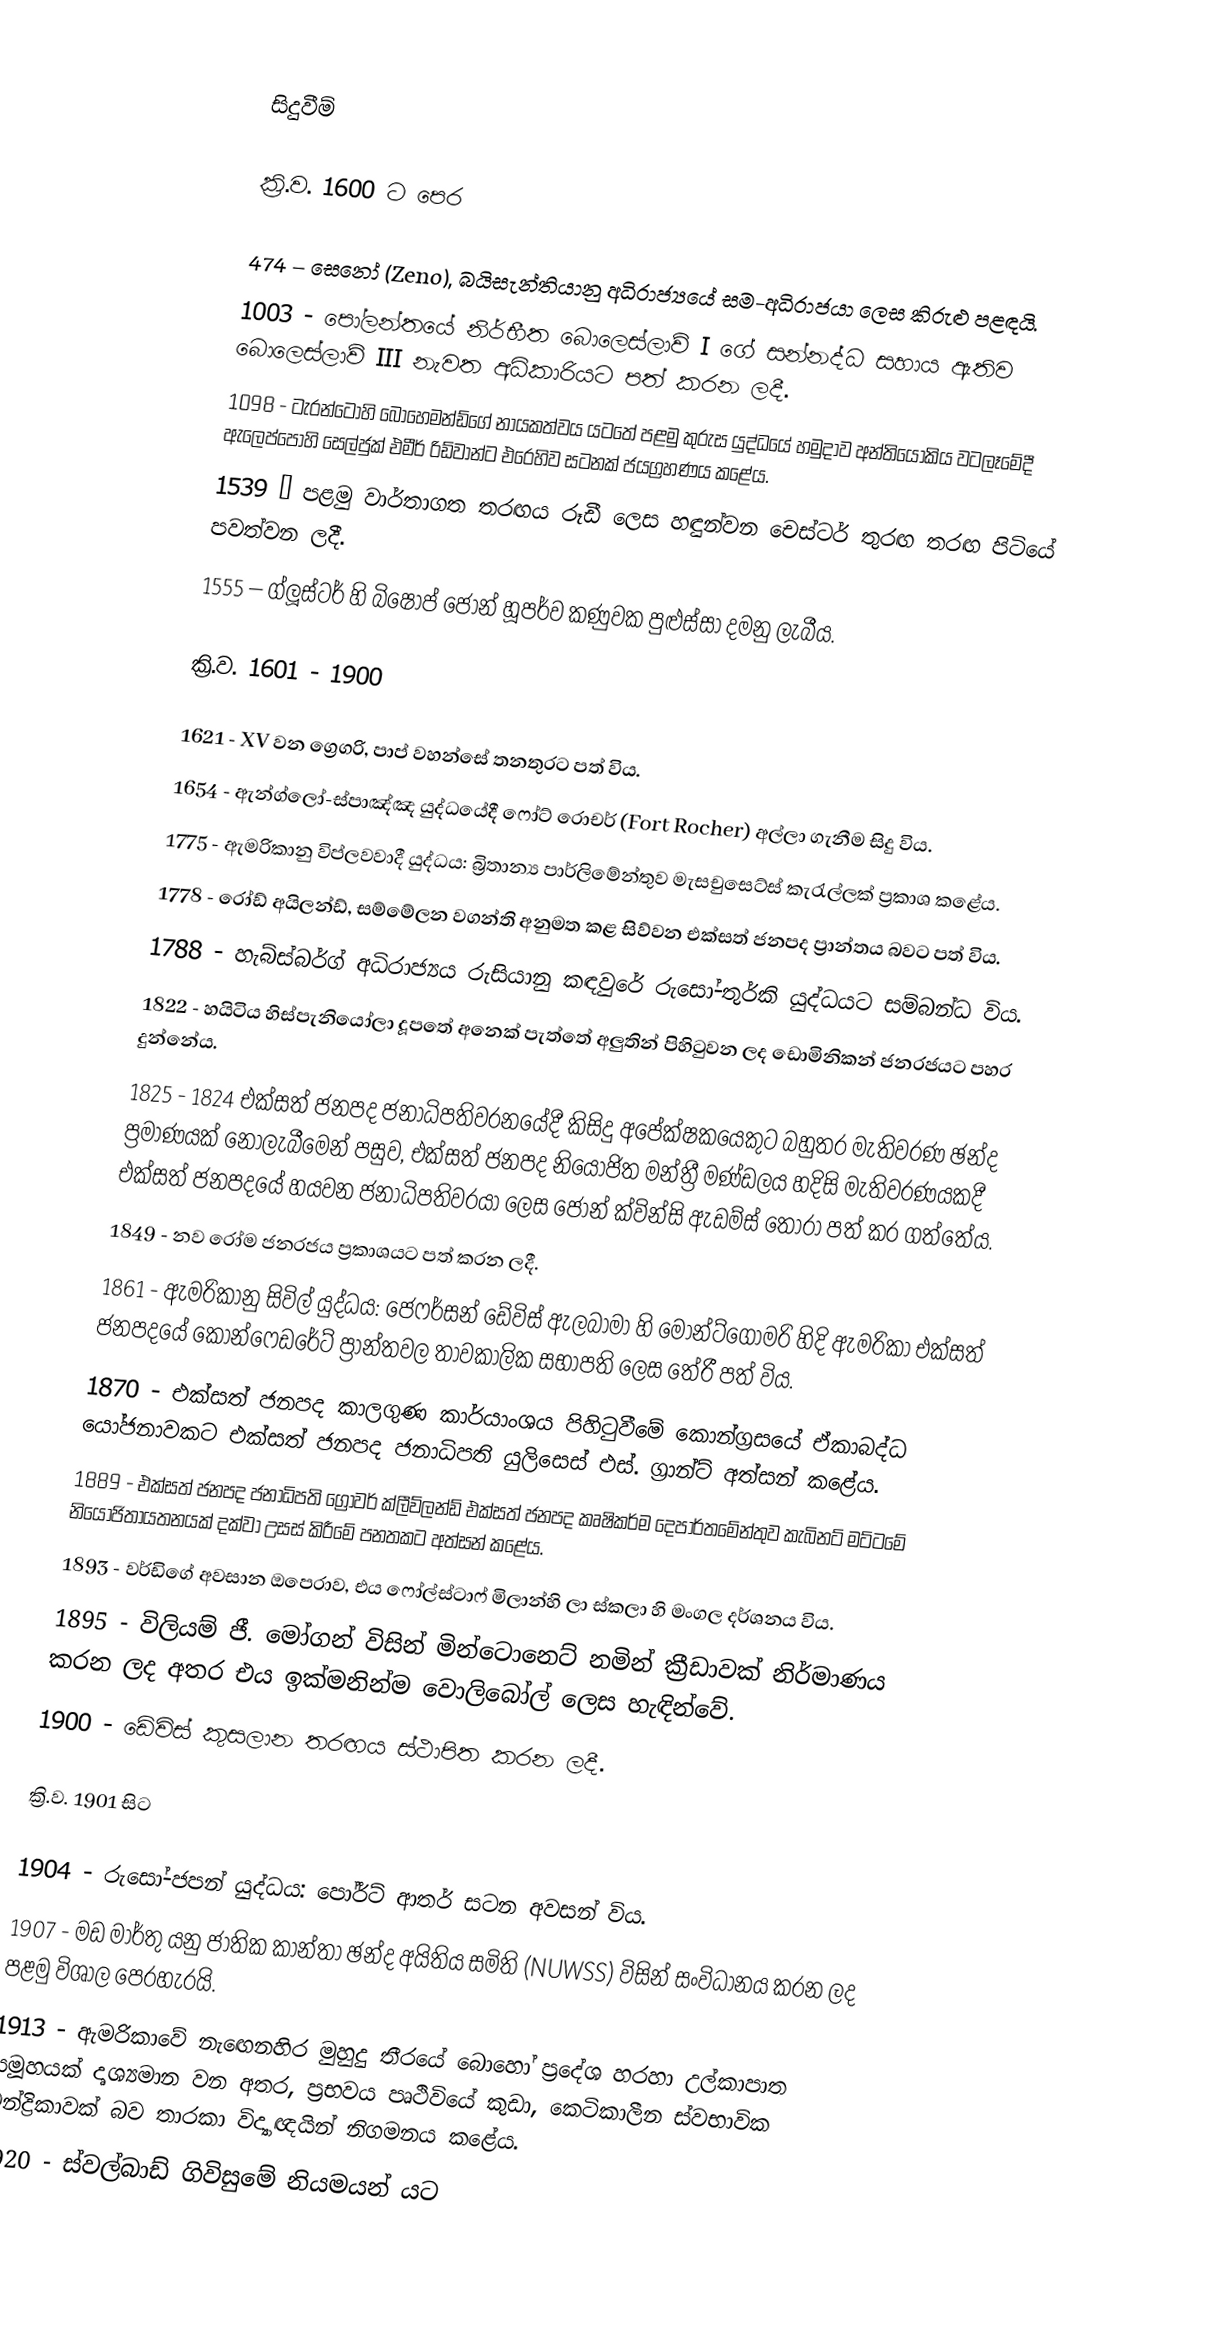

සිදුවීම්

ක්‍රි.ව. 1600 ට පෙර

 474 – සෙනෝ (Zeno), බයිසැන්තියානු අධිරාජ්‍යයේ සම-අධිරාජයා ලෙස කිරුළු පළඳයි.
 1003 - පෝලන්තයේ නිර්භීත බොලෙස්ලාව් I ගේ සන්නද්ධ සහාය ඇතිව බොලෙස්ලාව් III නැවත අධිකාරියට පත් කරන ලදී.
 1098 - ටැරන්ටෝහි බොහෙමන්ඩ්ගේ නායකත්වය යටතේ පළමු කුරුස යුද්ධයේ හමුදාව අන්තියෝකිය වටලෑමේදී ඇලෙප්පෝහි සෙල්ජුක් එමීර් රිඩ්වාන්ට එරෙහිව සටනක් ජයග්‍රහණය කළේය.
 1539 – පළමු වාර්තාගත තරඟය රූඩී ලෙස හඳුන්වන චෙස්ටර් තුරඟ තරඟ පිටියේ පවත්වන ලදී.
 1555 – ග්ලූස්ටර් හි බිෂොප් ජෝන් හූපර්ව කණුවක පුළුස්සා දමනු ලැබීය.

ක්‍රි.ව. 1601 - 1900

 1621 - XV වන ග්‍රෙගරි, පාප් වහන්සේ තනතුරට පත් විය.
 1654 - ඇන්ග්ලෝ-ස්පාඤ්ඤ යුද්ධයේදී ෆෝට් රොචර් (Fort Rocher) අල්ලා ගැනීම සිදු විය.
 1775 - ඇමරිකානු විප්ලවවාදී යුද්ධය: බ්‍රිතාන්‍ය පාර්ලිමේන්තුව මැසචුසෙට්ස් කැරැල්ලක් ප්‍රකාශ කළේය.
 1778 - රෝඩ් අයිලන්ඩ්, සම්මේලන වගන්ති අනුමත කළ සිව්වන එක්සත් ජනපද ප්‍රාන්තය බවට පත් විය.
 1788 - හැබ්ස්බර්ග් අධිරාජ්‍යය රුසියානු කඳවුරේ රුසෝ-තුර්කි යුද්ධයට සම්බන්ධ විය.
 1822 - හයිටිය හිස්පැනියෝලා දූපතේ අනෙක් පැත්තේ අලුතින් පිහිටුවන ලද ඩොමිනිකන් ජනරජයට පහර දුන්නේය.
 1825 - 1824 එක්සත් ජනපද ජනාධිපතිවරනයේදී කිසිදු අපේක්ෂකයෙකුට බහුතර මැතිවරණ ඡන්ද ප්‍රමාණයක් නොලැබීමෙන් පසුව, එක්සත් ජනපද නියෝජිත මන්ත්‍රී මණ්ඩලය හදිසි මැතිවරණයකදී එක්සත් ජනපදයේ හයවන ජනාධිපතිවරයා ලෙස ජෝන් ක්වින්සි ඇඩම්ස් තෝරා පත් කර ගත්තේය.
 1849 - නව රෝම ජනරජය ප්‍රකාශයට පත් කරන ලදී.
 1861 - ඇමරිකානු සිවිල් යුද්ධය: ජෙෆර්සන් ඩේවිස් ඇලබාමා හි මොන්ට්ගොමරි හිදි ඇමරිකා එක්සත් ජනපදයේ කොන්ෆෙඩරේට් ප්‍රාන්තවල තාවකාලික සභාපති ලෙස තේරී පත් විය.
 1870 - එක්සත් ජනපද කාලගුණ කාර්යාංශය පිහිටුවීමේ කොන්ග්‍රසයේ ඒකාබද්ධ යෝජනාවකට එක්සත් ජනපද ජනාධිපති යුලිසෙස් එස්. ග්‍රාන්ට් අත්සන් කළේය.
 1889 - එක්සත් ජනපද ජනාධිපති ග්‍රෝවර් ක්ලීව්ලන්ඩ් එක්සත් ජනපද කෘෂිකර්ම දෙපාර්තමේන්තුව කැබිනට් මට්ටමේ නියෝජිතායතනයක් දක්වා උසස් කිරීමේ පනතකට අත්සන් කළේය.
 1893 - වර්ඩිගේ අවසාන ඔපෙරාව, එය ෆෝල්ස්ටාෆ් මිලාන්හි ලා ස්කලා හි මංගල දර්ශනය විය.
 1895 - විලියම් ජී. මෝගන් විසින් මින්ටොනෙට් නමින් ක්‍රීඩාවක් නිර්මාණය කරන ලද අතර එය ඉක්මනින්ම වොලිබෝල් ලෙස හැඳින්වේ.
 1900 - ඩේවිස් කුසලාන තරඟය ස්ථාපිත කරන ලදී.

ක්‍රි.ව. 1901 සිට

 1904 - රුසෝ-ජපන් යුද්ධය: පෝර්ට් ආතර් සටන අවසන් විය.
 1907 - මඩ මාර්තු යනු ජාතික කාන්තා ඡන්ද අයිතිය සමිති (NUWSS) විසින් සංවිධානය කරන ලද පළමු විශාල පෙරහැරයි.
 1913 - ඇමරිකාවේ නැඟෙනහිර මුහුදු තීරයේ බොහෝ ප්‍රදේශ හරහා උල්කාපාත සමූහයක් දෘශ්‍යමාන වන අතර, ප්‍රභවය පෘථිවියේ කුඩා, කෙටිකාලීන ස්වභාවික චන්ද්‍රිකාවක් බව තාරකා විද්‍යාඥයින් නිගමනය කළේය.
 1920 - ස්වල්බාඩ් ගිවිසුමේ නියමයන් යට